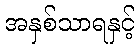
အနှစ်သာရနှင့်